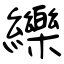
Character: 纅